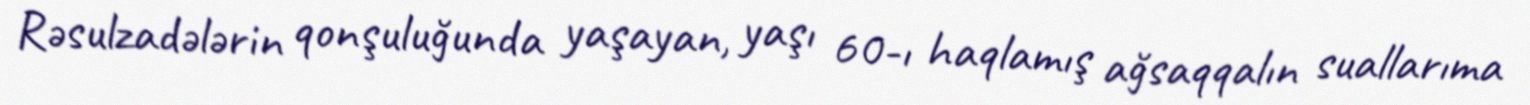
Rəsulzadələrin qonşuluğunda yaşayan, yaşı 60-ı haqlamış ağsaqqalın suallarıma